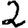
Digit: 2